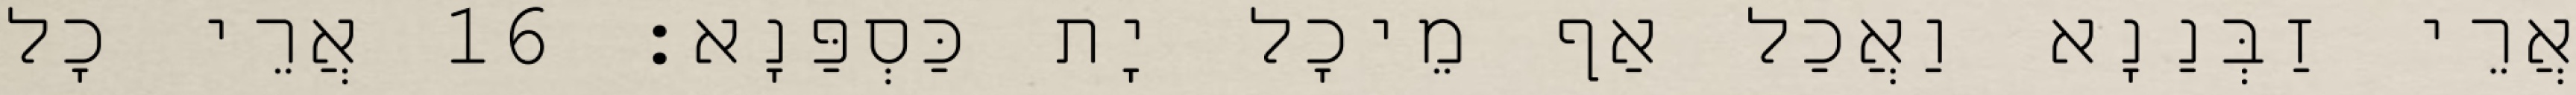
אֲרֵי זַבְּנַנָא וַאֲכַל אַף מֵיכָל יָת כַּסְפַּנָא׃ 16 אֲרֵי כָל